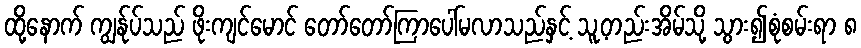
ထို့နောက် ကျွန်ုပ်သည် ဖိုးကျင်မောင် တော်တော်ကြာပေါ်မလာသည်နှင့် သူ့တည်းအိမ်သို့ သွား၍စုံစမ်းရာ ၈